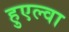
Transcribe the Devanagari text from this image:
हुएल्वा